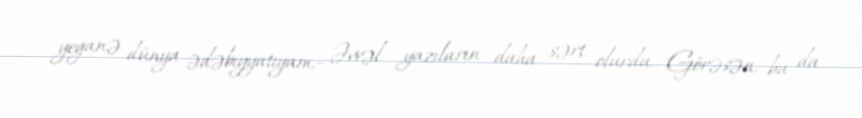
yeganə dünya ədəbiyyatıyam.– Əvvəl yazıların daha sərt olurdu... Görəsən, bu da